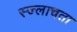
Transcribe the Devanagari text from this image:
स्ज्लाचता